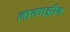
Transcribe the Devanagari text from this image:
लायपझीग